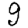
Digit: 9